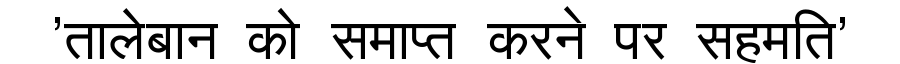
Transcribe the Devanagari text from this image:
'तालेबान को समाप्त करने पर सहमति'